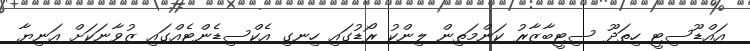
އައްޑޫސިޓީ ހިތަދޫ ސިޓީބާޒާރު ކަންމަތިން ލިންކު ރޯޑުގައި ހިނގި އެކްސިޑެންޓެއްގައި ޒުވާނަކަށް އަނިޔާ